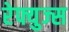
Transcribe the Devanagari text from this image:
रेफ्युज्स